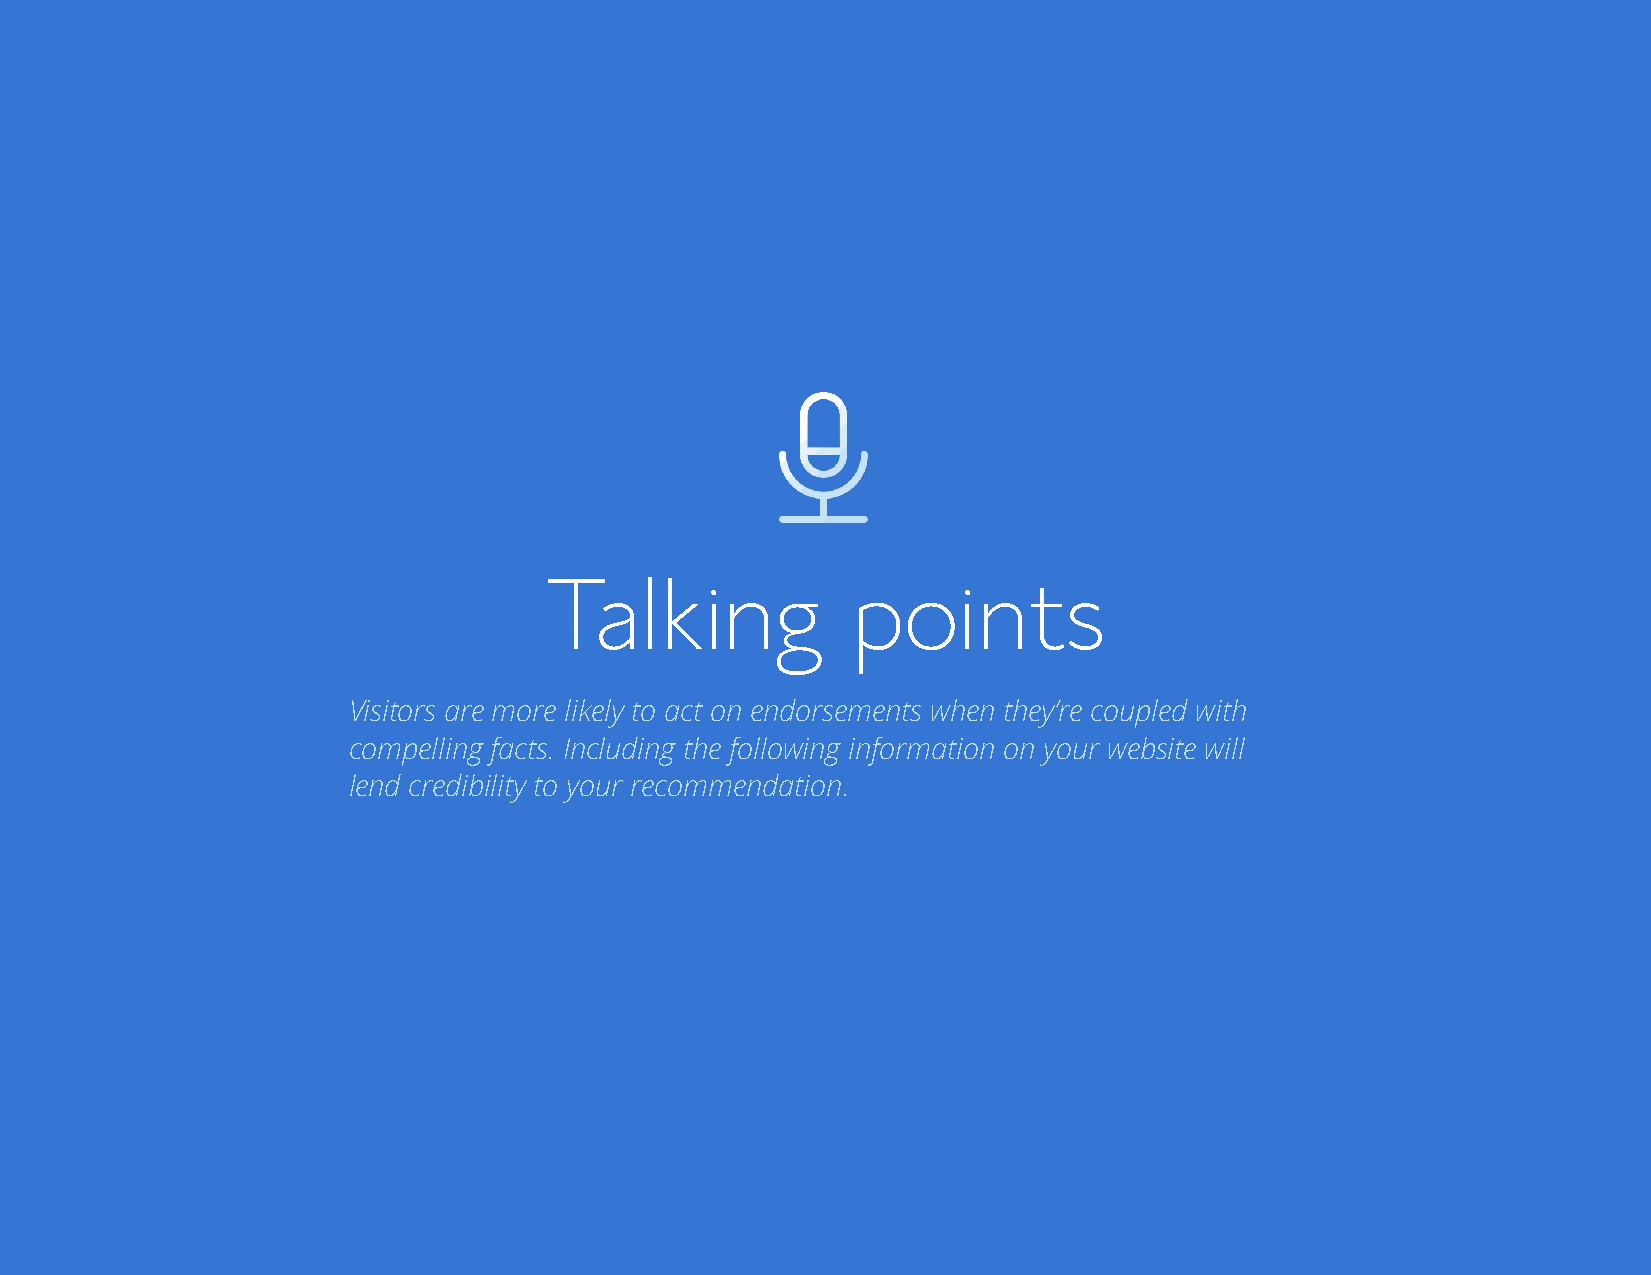
Talking             points
 Visitors are more likely to act on endorsements when they’re coupled with
 compelling facts. Including the following information on your website will
 lend credibility to your recommendation.
 Bluehost Affiliate Marketing Guide                                                  Talking points 27